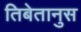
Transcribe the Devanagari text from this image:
तिबेतानुस